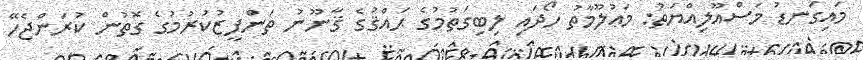
މައިގަނޑު މަސްއޫލިއްޔަތު: މަޢުލޫމާތު ހޯދައި ލިބިގަތުމުގެ ޙައްޤުގެ ޤާނޫނު ތަންފީޒުކުރުމުގެ ގޮތުން ކުރަންޖެހޭ